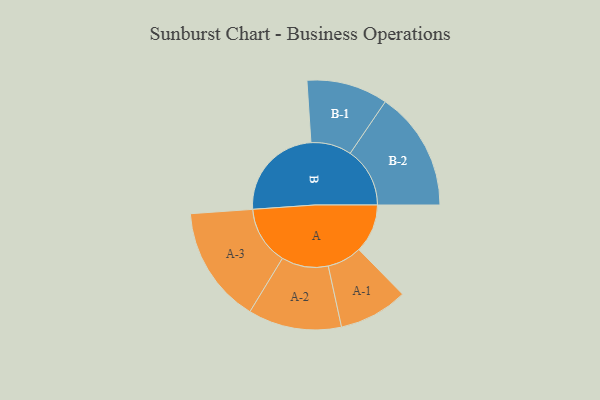
{"axis": {"x": "Segment", "y": "Value"}, "legend": ["", "A", "B"], "data": [{"x": "A", "y": 199, "type": ""}, {"x": "B", "y": 395, "type": ""}, {"x": "A-1", "y": 141, "type": "A"}, {"x": "A-2", "y": 191, "type": "A"}, {"x": "A-3", "y": 239, "type": "A"}, {"x": "B-1", "y": 166, "type": "B"}, {"x": "B-2", "y": 244, "type": "B"}]}